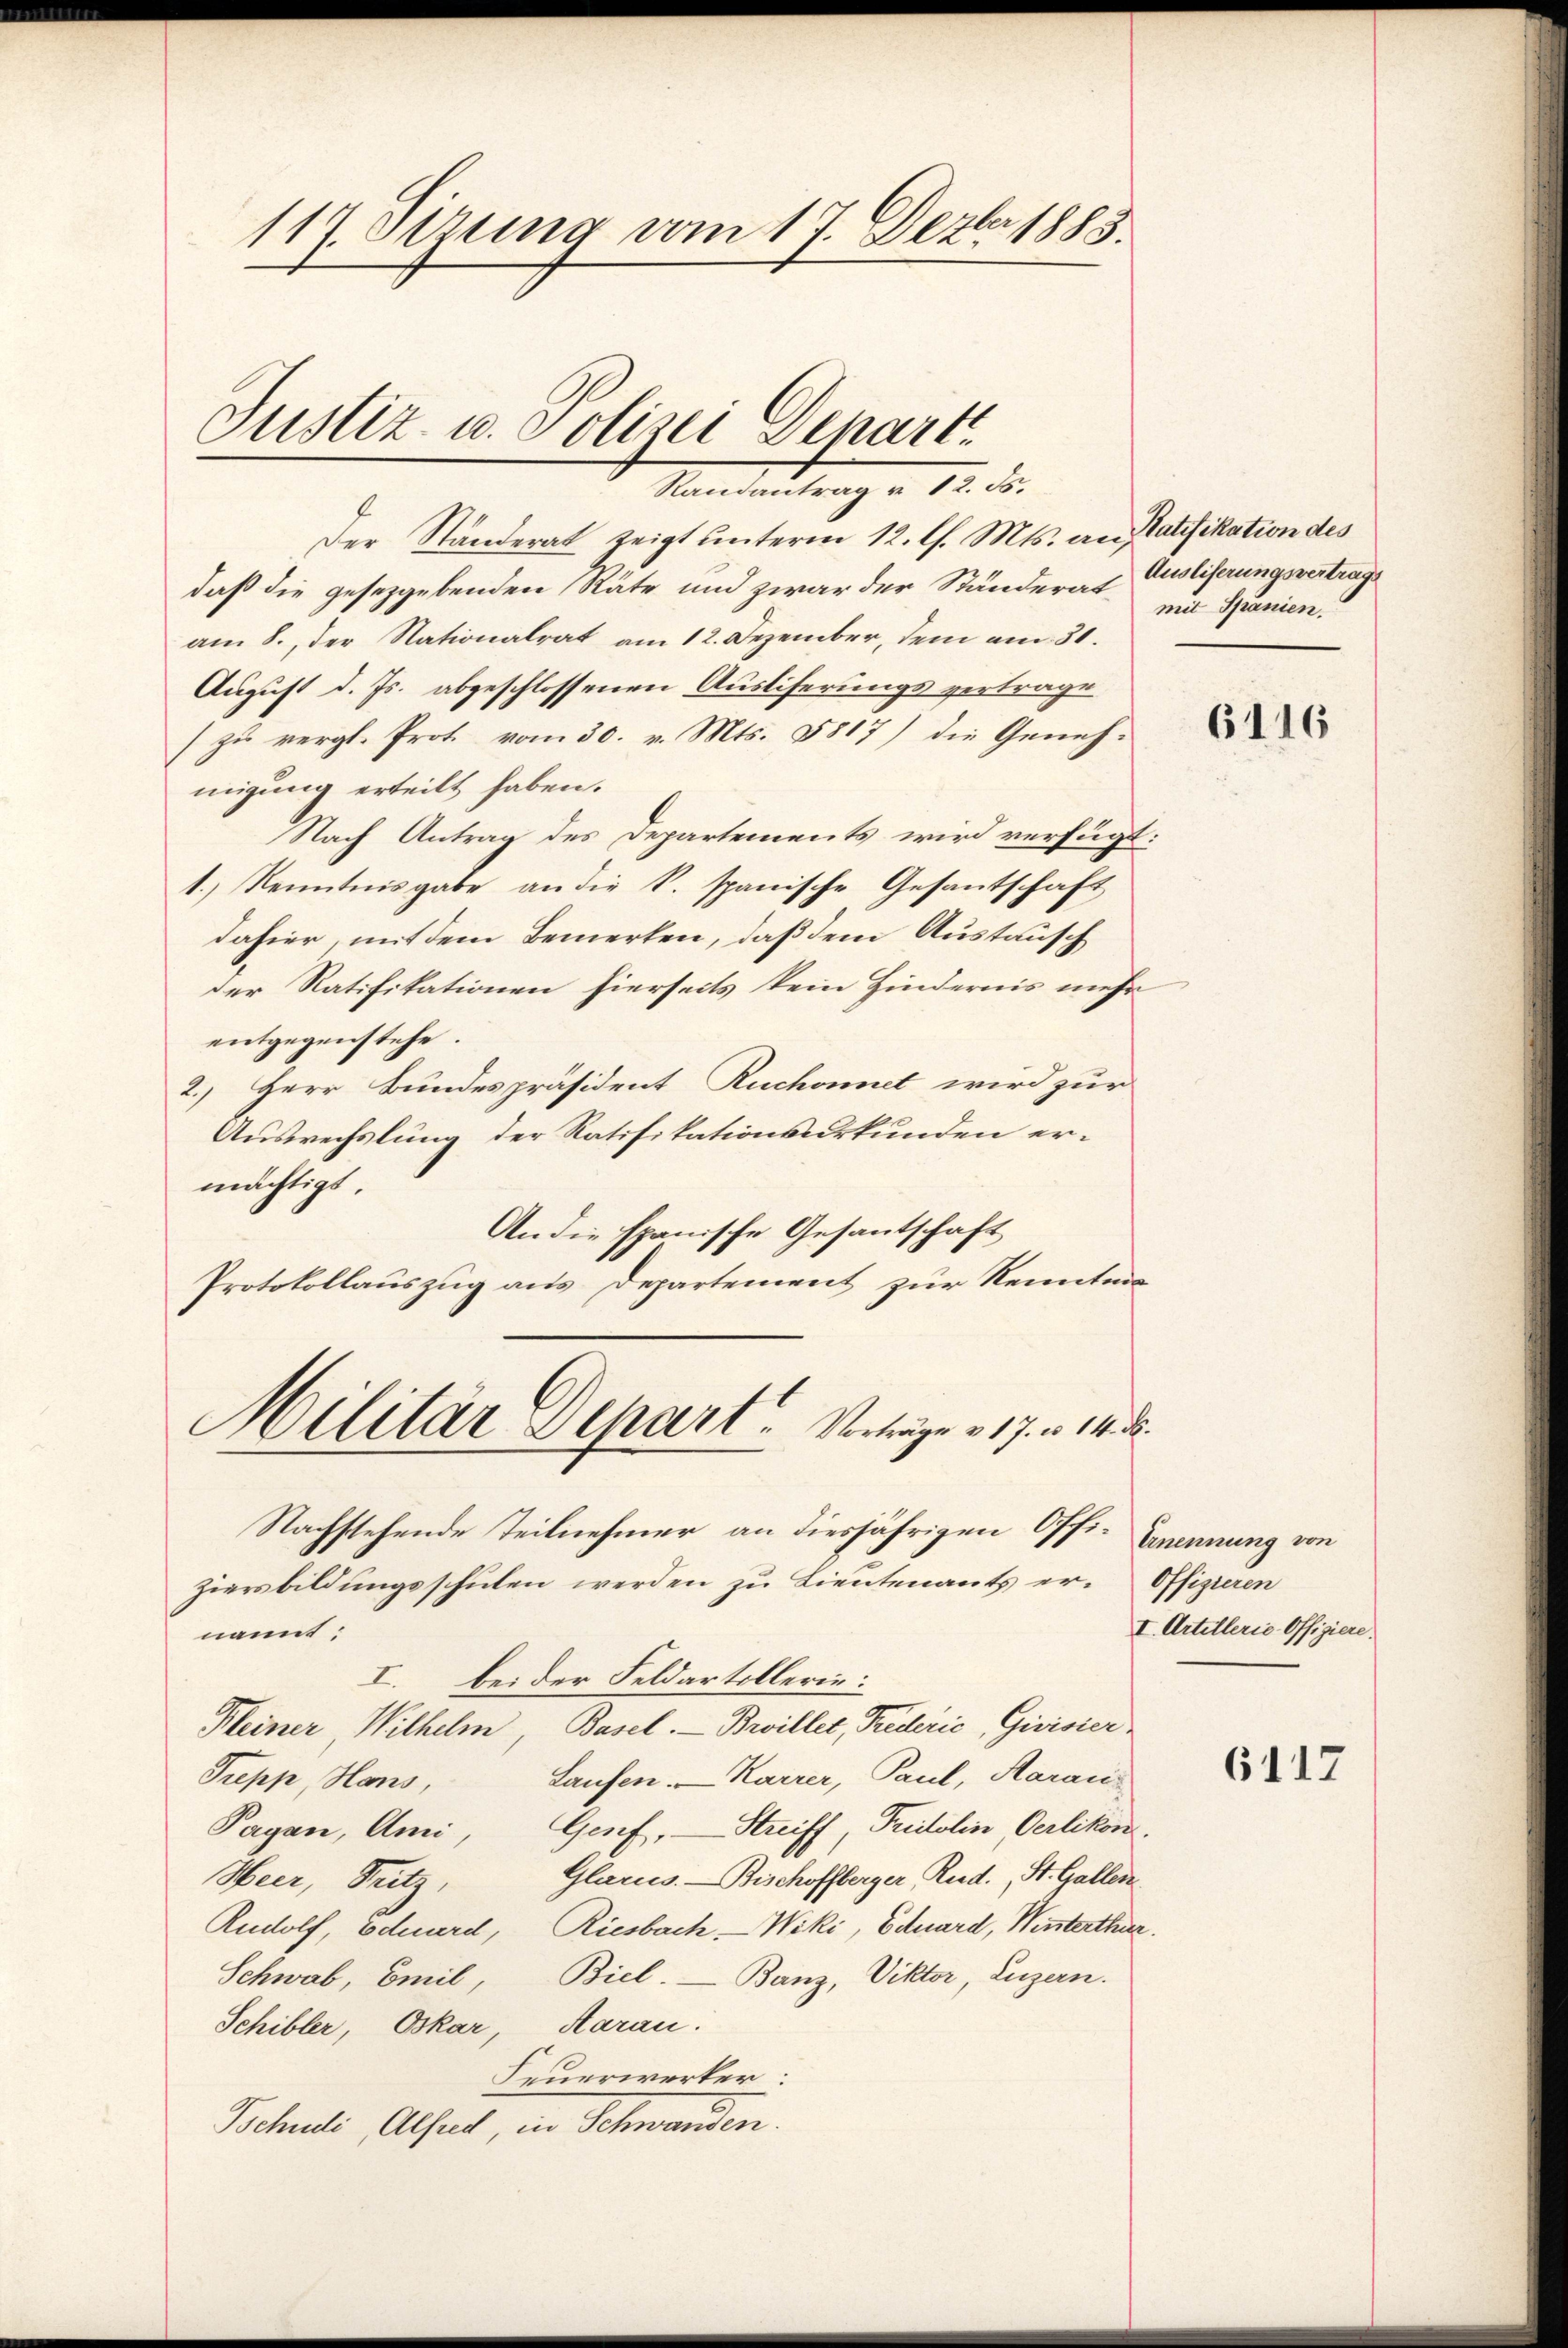
117. Sizung vom 17. Dezbr 1885.

Justiz- u. Polizei Depart.
ebe

Der Ständerat zeigt unterm 12. l. Mts. erne Ratifikation des
daß die gesetzgebenden Räte und zwar der Ständerat Eliserungsvertrage
am 8. der Nationalrat am 12. Dezember, dem am 31.
August d. Js. abgeschlossenen Ausliferungsvertrage
zu vergl. Prot. vom 30. v. Mts. 5817) die Geneh-
migung erteilt haben.
Nach Antrag des Departements wird verfügt:
1.) Kenntnisgabe an die k. spanische Gesantschaft
dahier, mit dem Bemerken, daß dem Austausch
der Ratifikationen hierseits kein Hindernis mehr
entgegenstehe.
2.) Herr Bundespräsident Ruchonnet wird zur
Auswechslung der Ratifikationsurkunden ermächtigt.
An die spanische Gesantschaft
Protokollauszug aus Departement zur Kenntn
Militär Depart. Vertrage 17 n 14.
Nachstehende Teilnehmer an diesjährigen Offi-Ernennung von
ziersbildungsschulen werden zu Lieutenants er. Offizieren
nannt:
I. bei der Feldartollerie:
Kleiner Wilhelm, Basel. Brillet, Friederić, Greister
Laufen. Karrer, Paul, Aarau
Trepp, Haus,
Pagan, Ami, Genf, Streiff, Fristolin Oerlikon.
Glarus. — Bischoffberger, Rud., St. Gallen.
Heer, Pritz,
Rudolf, Edeerd, Riesbach Wiki, Eduard, Winterthur.
Schwab, Emil, Biel. — Banz, Viktor, Luzern.
Schibler, Oskar, Aarau.
Feuerwerker.
Schuld, Alfert, in Schwanden

mit Spanien.

6116

I. Artillerie Offiziere.

6117